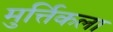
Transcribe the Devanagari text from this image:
मुर्त्तिकला